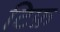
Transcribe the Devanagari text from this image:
टिफ़